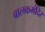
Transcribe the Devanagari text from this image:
बालकमंदिर